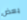
بعض